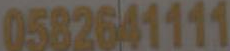
0582641111